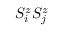
S _ { i } ^ { z } S _ { j } ^ { z }